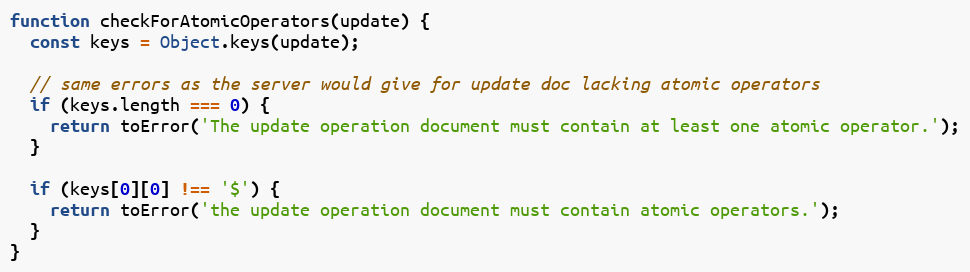
Language: JavaScript
function checkForAtomicOperators(update) {
  const keys = Object.keys(update);

  // same errors as the server would give for update doc lacking atomic operators
  if (keys.length === 0) {
    return toError('The update operation document must contain at least one atomic operator.');
  }

  if (keys[0][0] !== '$') {
    return toError('the update operation document must contain atomic operators.');
  }
}